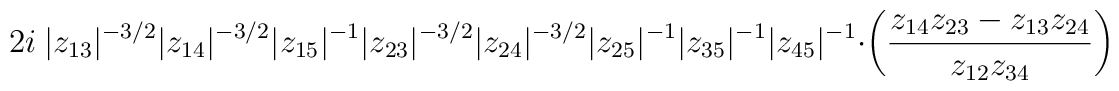
2i\ |z_{13}|^{-3/2} |z_{14}|^{-3/2} |z_{15}|^{-1} |z_{23}|^{-3/2}|z_{24}|^{-3/2} |z_{25}|^{-1} |z_{35}|^{-1} |z_{45}|^{-1}\cdot\biggl(\frac{z_{14}z_{23} - z_{13}z_{24}}{z_{12}z_{34}} \biggr)